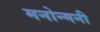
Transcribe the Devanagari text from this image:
मनोन्मनी